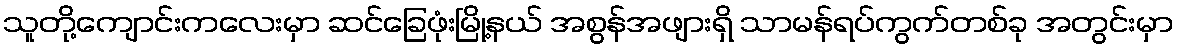
သူတို့ကျောင်းကလေးမှာ ဆင်ခြေဖုံးမြို့နယ် အစွန်အဖျားရှိ သာမန်ရပ်ကွက်တစ်ခု အတွင်းမှာ